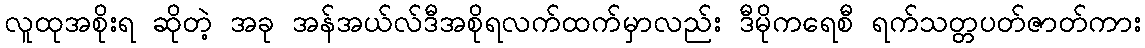
လူထုအစိုးရ ဆိုတဲ့ အခု အန်အယ်လ်ဒီအစိုရလက်ထက်မှာလည်း ဒီမိုကရေစီ ရက်သတ္တပတ်ဇာတ်ကား